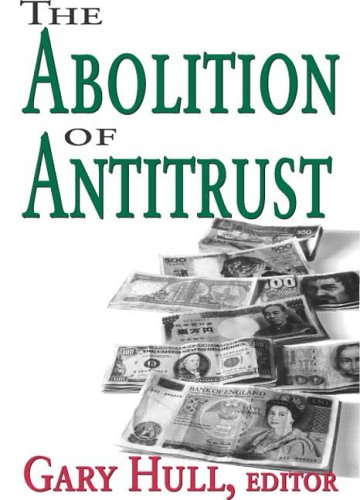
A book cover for The Abolition of Antitrust; Law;